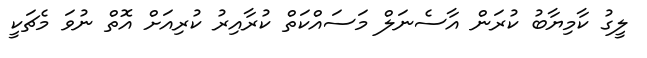
ލީގު ކާމިޔާބު ކުރަން އާސެނަލް މަސައްކަތް ކުރާއިރު ކުރިއަށް އޮތް ނުވަ މެޗަކީ